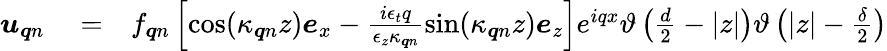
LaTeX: \begin{array}{rlr}{\boldsymbol{u}_{\boldsymbol{q}n}}&{{}=}&{f_{\boldsymbol{q}n}\left[\cos(\kappa_{\boldsymbol{q}n}z)\boldsymbol{e}_{x}-\frac{i\epsilon_{t}q}{\epsilon_{z}\kappa_{\boldsymbol{q}n}}\sin(\kappa_{\boldsymbol{q}n}z)\boldsymbol{e}_{z}\right]e^{iqx}\vartheta\left(\frac{d}{2}-|z|\right)\vartheta\left(|z|-\frac{\delta}{2}\right)}\end{array}